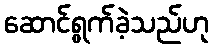
ဆောင်ရွက်ခဲ့သည်ဟု